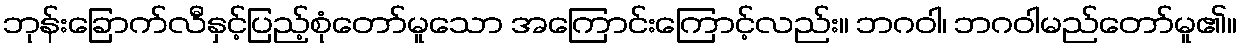
ဘုန်းခြောက်လီနှင့်ပြည့်စုံတော်မူသော အကြောင်းကြောင့်လည်း။ ဘဂဝါ၊ ဘဂဝါမည်တော်မူ၏။